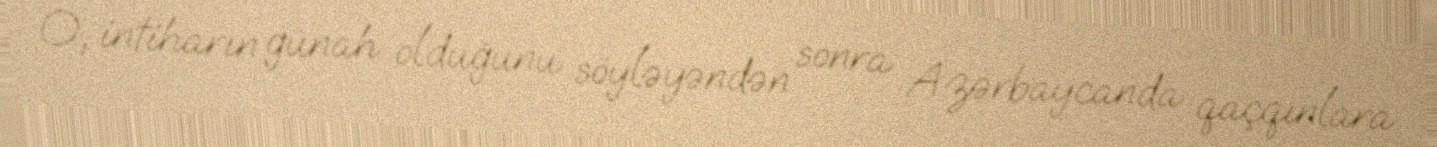
O, intiharın günah olduğunu söyləyəndən sonra Azərbaycanda qaçqınlara